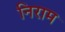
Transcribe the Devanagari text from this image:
निराम